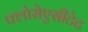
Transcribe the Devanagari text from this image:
फ्लोरोएसीटेट